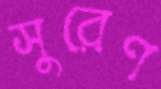
সুরেণ